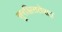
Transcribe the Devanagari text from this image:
सुरक्षिततेसह